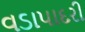
વડાપાદરી